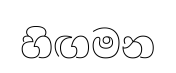
හිඟමන